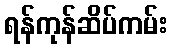
ရန်ကုန်ဆိပ်ကမ်း